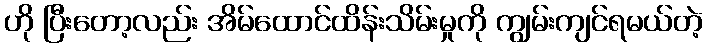
ဟို ပြီးတော့လည်း အိမ်ထောင်ထိန်းသိမ်းမှုကို ကျွမ်းကျင်ရမယ်တဲ့